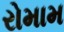
રોમામ